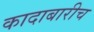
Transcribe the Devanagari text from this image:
कादाबारीच